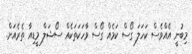
މިބުނީ އެއްވެސް ކަހަލަ ގޯސް ކަމެއް ގޯސް ވާހަކަތަކެއް ސޯޝަލް މީޑިއާ ތެރެއަށް.